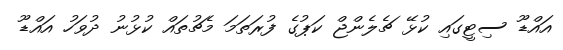
އައްޑޫ ސިޓީގައި ކުޅޭ ޗެލެންޖް ކަޕުގެ ފުރަތަމަ މެޗުތައް ކުޅުނު ދުވަހު އައްޑޫ